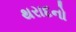
થરાદનો